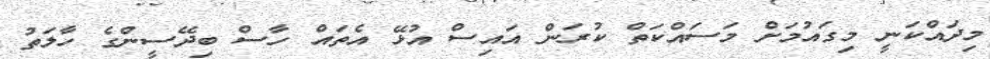
މިދައްކަނީ މިގައުމަށް މަސައްކަތް ކުރަން އައިސް އުޅޭ އެތައް ހާސް ބިދޭސީންގެ ހާލަތު